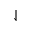
\downharpoonleft